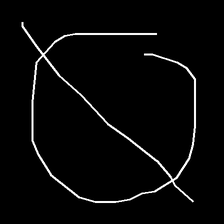
Glyph: orb